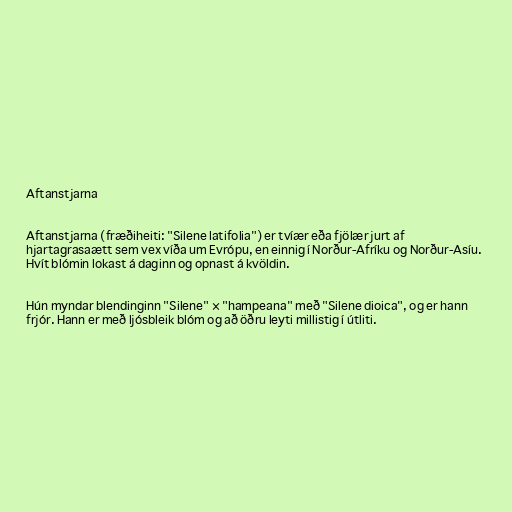
Aftanstjarna

Aftanstjarna (fræðiheiti: "Silene latifolia") er tvíær eða fjölær jurt af
hjartagrasaætt sem vex víða um Evrópu, en einnig í Norður-Afríku og Norður-Asíu.
Hvít blómin lokast á daginn og opnast á kvöldin.

Hún myndar blendinginn "Silene" × "hampeana" með "Silene dioica", og er hann
frjór. Hann er með ljósbleik blóm og að öðru leyti millistig í útliti.